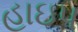
હાઇપ